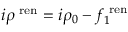
i \rho ^ { { \mathrm { \scriptsize ~ r e n } } } = i \rho _ { 0 } - f _ { 1 } ^ { { \mathrm { \scriptsize ~ r e n } } }